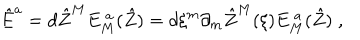
\hat { E } ^ { { a } } = d \hat { Z } ^ { { M } } E _ { { M } } ^ { ~ { a } } ( \hat { Z } ) = d \xi ^ { m } \partial _ { m } \hat { Z } ^ { { M } } ( \xi ) E _ { { M } } ^ { ~ { a } } ( \hat { Z } ) \; ,